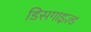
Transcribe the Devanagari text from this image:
डिसगाइज़्ड